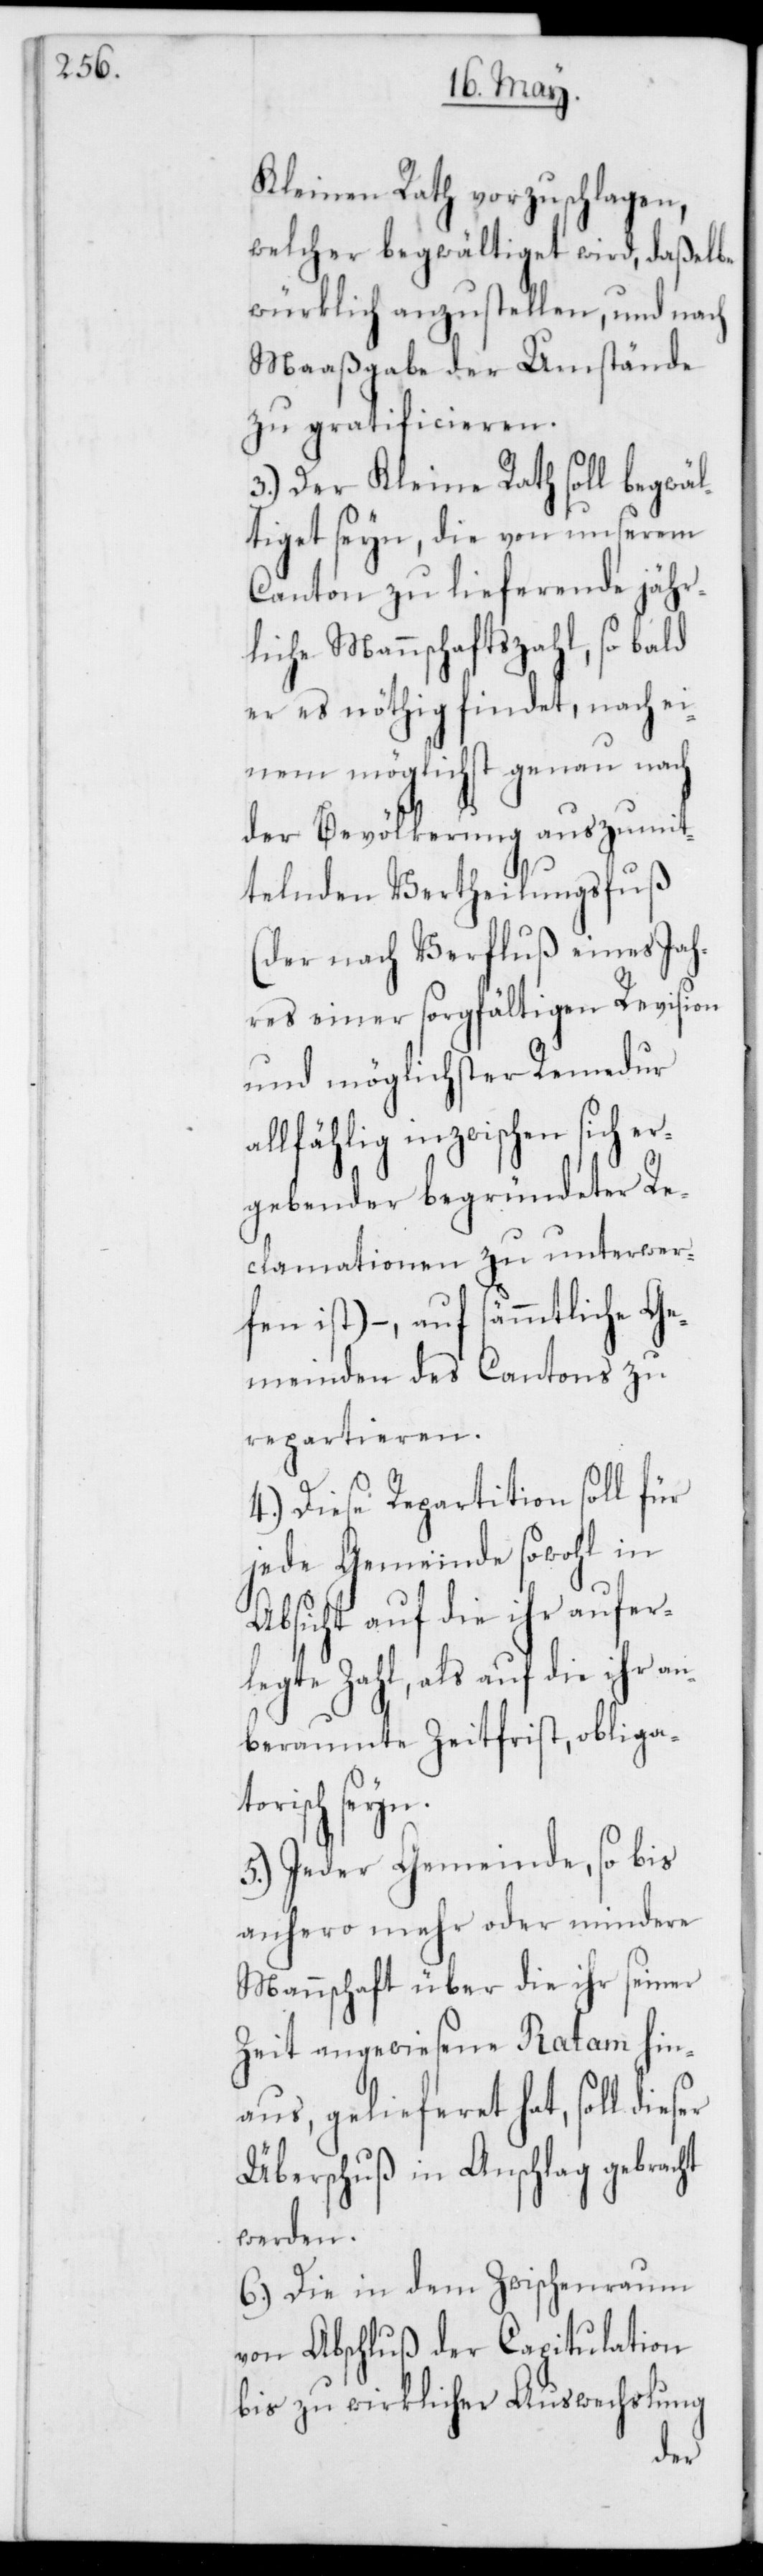
Kleinen Rath vorzuschlagen,
welcher begwältiget wird, daßelbe
würklich anzustellen, und nach
Maaßgabe der Umstände
zu gratificieren.
3.) Der Kleine Rath soll begwäl¬
tiget seyn, die von unserem
Canton zu liefernden jähr¬
liche Mannschaftszahl, so bald
er es nöthig findet, nach ei¬
nem möglichst genau nach
der Bevölkerung auszumit¬
telnden Vertheilungsfuß
(der nach Verfluß eines Jah¬
res einer sorgfältigen Revision
und möglichster Remedur
allfählig inzwischen sich er¬
gebender begründeter Re¬
clamationen zu unterwer¬
fen ist) – auf sämmtliche Ge¬
meinden des Cantons zu
repartieren.
4.) Diese Repartition soll für
jede Gemeinde sowohl in
Absicht auf die ihr aufer¬
legte Zahl, als auf die ihr a¬
nberaumte Zeitfrist, obligat¬
orisch seyn.
5.) Jeder Gemeinde, so bis
anhero mehr oder mindere
Mannschaft über die ihr seiner
Zeit angewiesene Ratam hin¬
aus, gelieferet hat, soll dieser
Überschuß in Anschlag gebracht
werden.
6.) Die in dem Zwischenraum
von Abschluß der Capitulation
bis zu wirklicher Auswechslung